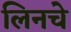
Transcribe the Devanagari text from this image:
लिनचे